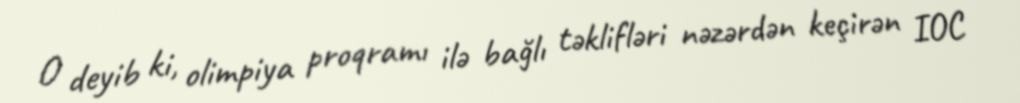
O deyib ki, olimpiya proqramı ilə bağlı təklifləri nəzərdən keçirən IOC